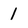
Character: 1